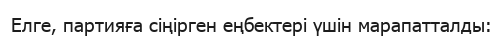
Елге, партияға cіңірген еңбектері үшін марапатталды: